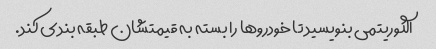
الگوریتمی بنویسید تا خودروها را بسته به قیمتشان طبقه بندی کند.